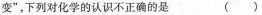
变”，下列对化学的认识不正确的是 ()